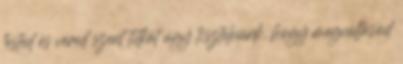
tested és véred szent titkát úgy tisztelnünk, hogy megváltásod